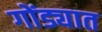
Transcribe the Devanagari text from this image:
गोंड्यात